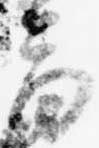
音